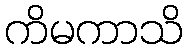
ကိမကာသိ